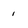
Character: 1